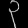
Digit: ၃